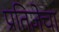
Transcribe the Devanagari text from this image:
प्रतिज्ञेचा